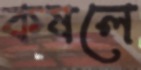
কষলে